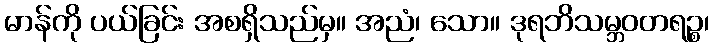
မာန်ကို ပယ်ခြင်း အစရှိသည်မှ။ အညံ၊ သော။ ဒုရဘိသမ္ဘဝတရဉ္စ၊